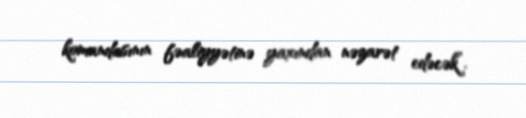
komandasının fəaliyyətinə yaxından nəzarət edəcək”.